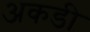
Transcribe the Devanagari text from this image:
अकडी